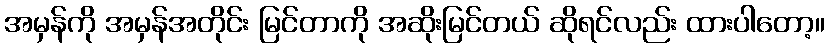
အမှန်ကို အမှန်အတိုင်း မြင်တာကို အဆိုးမြင်တယ် ဆိုရင်လည်း ထားပါတော့။